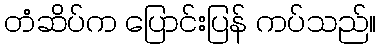
တံဆိပ်က ပြောင်းပြန် ကပ်သည်။